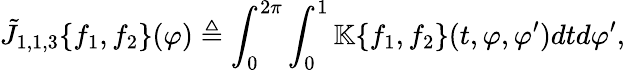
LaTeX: \tilde{J}_{1,1,3}\{ f_{1},f_{2}\} (\varphi)\triangleq\int_{0}^{2\pi}\int_{0}^{1}\mathbb{K}\{ f_{1},f_{2}\} (t,\varphi,\varphi^{\prime})dtd\varphi^{\prime},